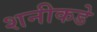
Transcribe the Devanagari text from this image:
शनीकडे